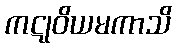
ကဋုဝိယမကာသိ